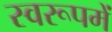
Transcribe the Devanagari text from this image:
स्वरूपमें